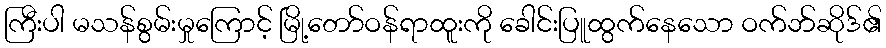
ကြီးပါ မသန်စွမ်းမှုကြောင့် မြို့တော်ဝန်ရာထူးကို ခေါင်းပြူထွက်နေသော ဝက်ဘ်ဆိုဒ်၏